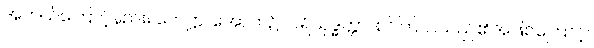
အဘယ်ကြောင့်နည်း။ ဟေဋ္ဌာ၊ အောက်၌။ ပရိသုဒ္ဓတ္တာ၊ စင်ကြယ်သည်၏အဖြစ်ကြောင့်။